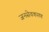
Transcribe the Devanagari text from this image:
जनसेवकगण